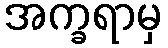
အက္ခရာမှ